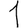
Digit: 1